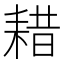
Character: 耤